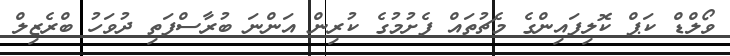
ވޯލްޑް ކަޕް ކޮލިފައިންގެ މެޗުތައް ފެށުމުގެ ކުރިން އަންނަ ބުރާސްފަތި ދުވަހު ބްރެޒިލް